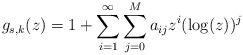
LaTeX: \begin{align*}g_{s,k}(z)=1+\sum_{i=1}^{\infty}\sum_{j=0}^{M}a_{ij} z^i(\log(z))^j\end{align*}